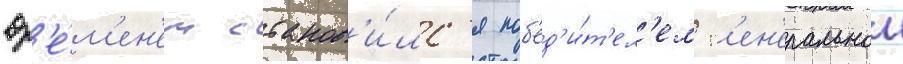
вр'е́м'ен'ем станов'и́лс'я поб'ед'и́т'ел'ем г'ен'еральнои